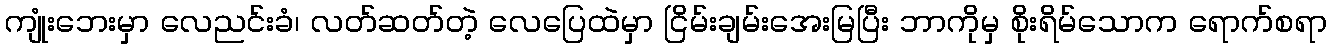
ကျုံးဘေးမှာ လေညင်းခံ၊ လတ်ဆတ်တဲ့ လေပြေထဲမှာ ငြိမ်းချမ်းအေးမြပြီး ဘာကိုမှ စိုးရိမ်သောက ရောက်စရာ